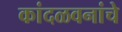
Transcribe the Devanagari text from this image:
कांदळवनांचे